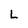
Character: L